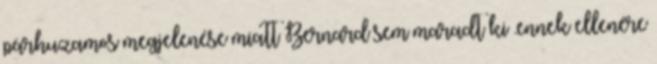
párhuzamos megjelenése miatt Bernard sem maradt ki .ennek ellenére